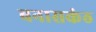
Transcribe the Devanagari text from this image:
बनासकंठ